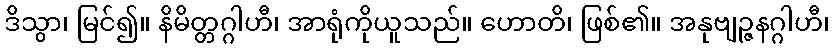
ဒိသွာ၊ မြင်၍။ နိမိတ္တဂ္ဂါဟီ၊ အာရုံကိုယူသည်။ ဟောတိ၊ ဖြစ်၏။ အနုဗျဉ္ဇနဂ္ဂါဟီ၊